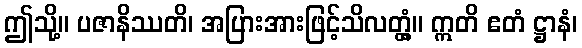
ဤသို့။ ပဇာနိဿတိ၊ အပြားအားဖြင့်သိလတ္တံ့။ ဣတိ ဧတံ ဋ္ဌာနံ၊